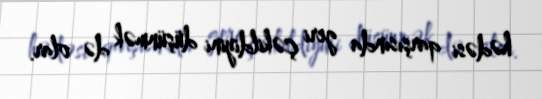
hədəsi qarşısında geri çəkildiyini düşünmək də olar.